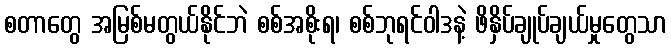
စတာတွေ အမြစ်မတွယ်နိုင်ဘဲ စစ်အစိုးရ၊ စစ်ဘုရင်ဝါဒနဲ့ ဖိနှိပ်ချုပ်ချယ်မှုတွေသာ